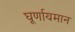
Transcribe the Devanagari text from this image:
घूर्णायमान